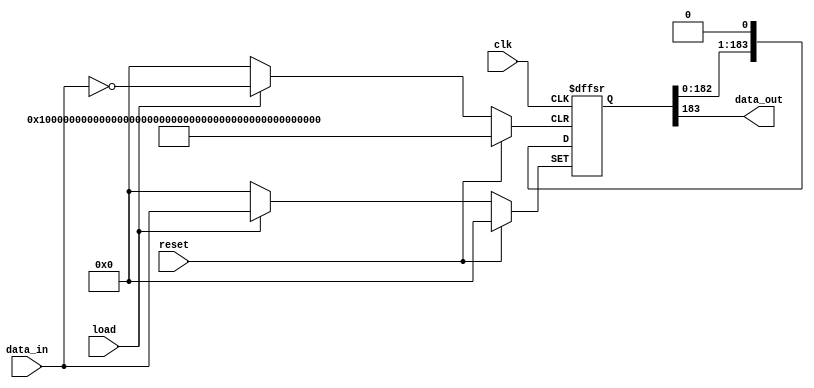
`timescale 1ns / 1ps

// LiDAR data receiver output shift register
// Parallel-In to Serial-Out
// Authored by David J Marion

module shift_reg184(
    input [183:0] data_in,      // 184-bit parallel in from shift_reg376
    input reset,                // Asynchronous system reset
    input load,                 // Set 184-bit data received
    input clk,                  // Synchronous shifting signal
    output data_out             // Serial data out
    );
    
    reg [183:0] data_packet;    // 184-bit internal register
    
    always @(posedge clk or posedge reset or posedge load) begin
        if(reset)
            data_packet <= 184'd0;
        else 
            if(load)
                data_packet <= data_in;
            else
                data_packet <= {data_packet[182:0], 1'b0};         
    end
    
    assign data_out = data_packet[183];
    
endmodule